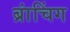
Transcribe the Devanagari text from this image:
ब्रांचिंग